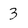
Character: 3